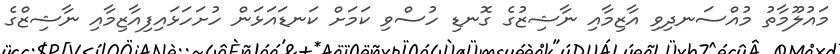
މައުލޫމާތު މުއްސަނދިވި އާޒިމާއި ނާޝިޒުގެ ގޮނޑި ހުސްވި ކަމަށް ކަނޑައަޅަން ހުށަހަޅައިފިއާޒިމާއި ނާޝިޒްގެ